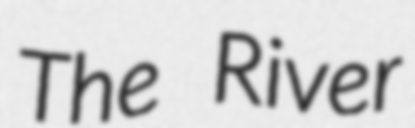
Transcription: The River